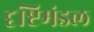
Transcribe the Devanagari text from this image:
दृष्टिमंडल